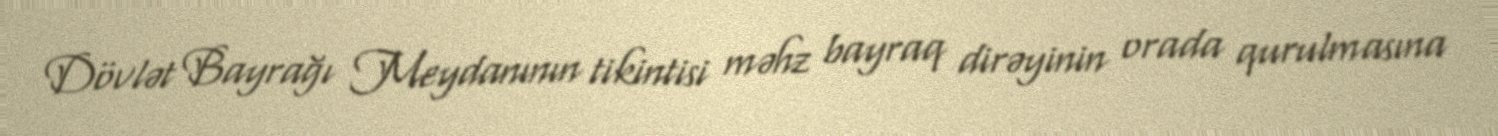
Dövlət Bayrağı Meydanının tikintisi məhz bayraq dirəyinin orada qurulmasına